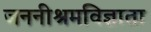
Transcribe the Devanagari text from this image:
जननीश्रमविज्ञाता